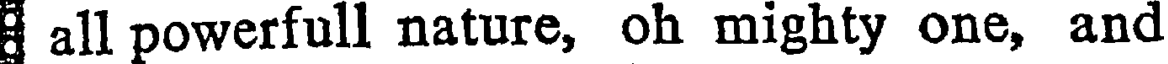
all powerfull nature, oh mighty one, and